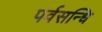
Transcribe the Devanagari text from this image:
पर्वसन्धि